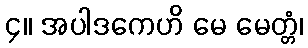
၄။ အပါဒကေဟိ မေ မေတ္တံ၊